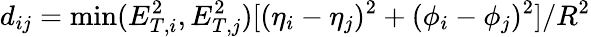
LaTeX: d_{ij}=\operatorname*{min}(E_{T,i}^{2},E_{T,j}^{2})[(\eta_{i}-\eta_{j})^{2}+(\phi_{i}-\phi_{j})^{2}]/R^{2}